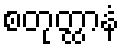
စတုတ္ထာနံ